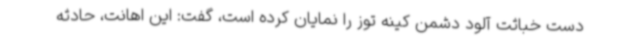
دست خباثت آلود دشمن کینه توز را نمایان کرده است، گفت: این اهانت، حادثه